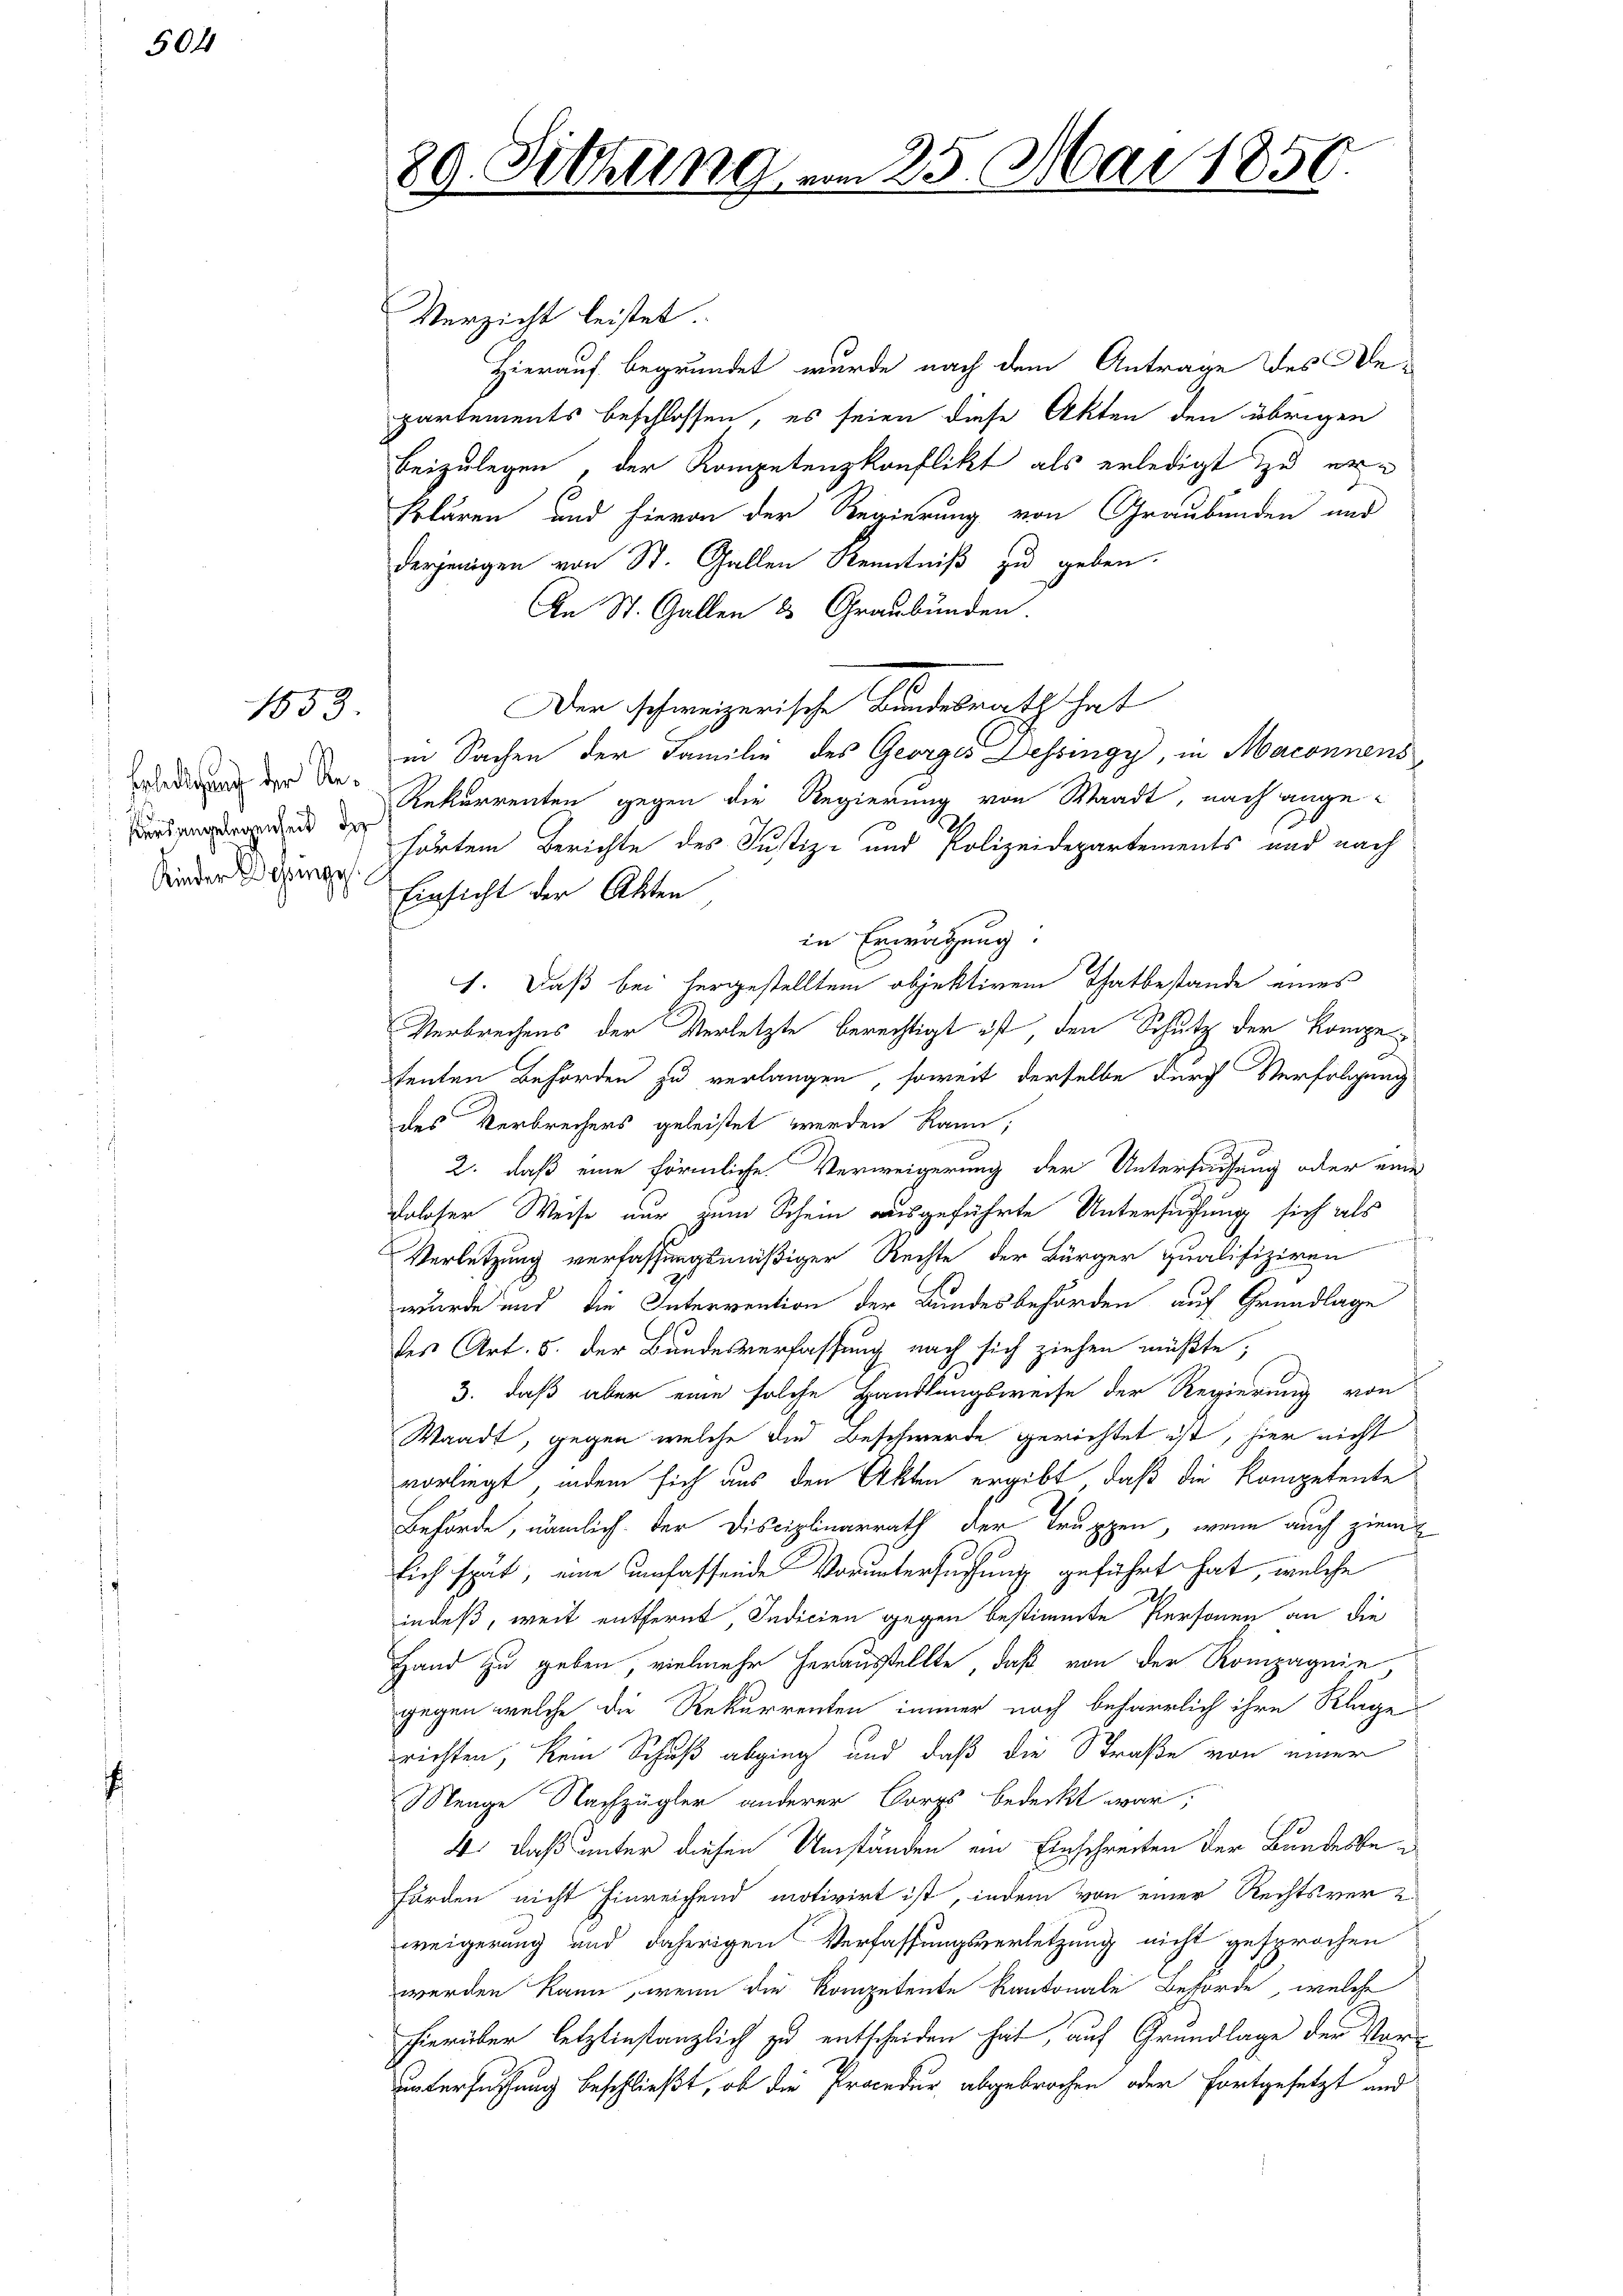
504

1853.

Erledigung der Resursangelegenheit der
Kinder Desinge

Verzicht leistet.
Hierauf begründet wurde nach dem Antrage des Be-
partements beschlossen, es seien diese Akten den übrigen
beizulegen, der Kompetenzkonflikt als erledigt zu er-
klären und hievon der Regierung von Graubünden und
derjenigen von St. Gallen Kenntniß zu geben.
An St. Gallen 2 Graubünden
Der schweizerische Bundesrath hat
in Sachen der Familie des Georges Dessingy in Marconnens
Rekurrenten gegen die Regierung von Waadt, nach angehörtem Berichte des Justiz- und Polizeidepartements und nach
Einsicht der Akten
in Erwägung:
1. Daß bei hergestelltem objektiven Thatbestande eines
Verbrechens der Verletzte berechtigt ist, den Schutz der Kompetenten Behörden zu verlangen, soweit derselbe durch Verfolgung
des Verbrechers geleistet werden kann;
2. daß eine förmliche Verweigerung der Untersuchung oder eine
daloser Weise nur zum Schein ausgeführte Untersuchung sich als
Verletzung verfassungsmäßiger Rechte der Bürger qualifiziren
wurde und die Intervention der Bundesbehörden auf Grundlage
des Art. 5. der Bundesverfassung nach sich ziehen müßte;
3. daß aber eine solche Handlungsweise der Regierung von
Waadt, gegen welche die Beschwerde gerichtet ist, hier nicht
vorliegt, indem sich aus den Akten ergibt, daß die Kompetente
Beförde, nämlich der Disciplinarrath der Truppen, wenn auch ziem
sich spät, eine umfassende Voruntersuchung geführt hat, welche
indeß, weit entfernt, Indicien gegen bestimmte Personen an die
Hand zu geben vielmehr herausstellte, daß von der Kompagnie
gegen welche die Rekurrenten immer noch beharrlich ihre Kläge
richten, kein Schuß abging und daß die Straße von einer
Menge Nachzügler anderer Corps bedeckt war;
4: daß unter diesen Umständen ein Einschreiten der Bundesbeförden nicht Einreichend motivirt ist, indem von einer Rechtsver-
weigerung und daherigen Verfassungsverletzung nicht gesprochen
werden kann, wenn die Kompetente Kantonale Beförde, welche
hierüber letztinstanzlich zu entscheiden hat, auf Grundlage der Voruntersuchung beschließt, ob die Procedur, abgebrochen oder fortgesetzt und

80 Sitzung
.

25. Mai 1850.